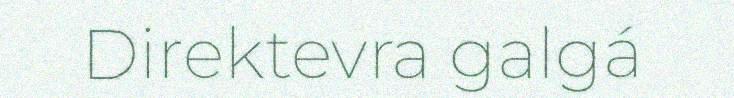
Direktevra galgá